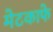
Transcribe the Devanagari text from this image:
मेटकाफे